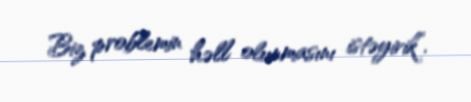
Biz problemin həll olunmasını istəyirik”.